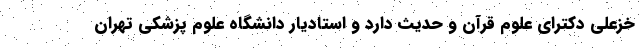
خزعلی دکترای علوم قرآن و حدیث دارد و استادیار دانشگاه علوم پزشکی تهران